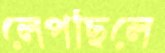
লেপছিলে